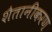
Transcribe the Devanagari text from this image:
शैतानीकरण